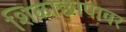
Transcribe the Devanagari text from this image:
शिळाछापावर